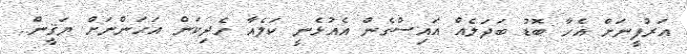
އަރުފީނަށް އެހާ ބޮޑު ބަދަލެއް އައިސްގެން އެއުޅެނީ ކަލެއާ ހެދިކަން އަހަންނަށް ޔަޤީން..